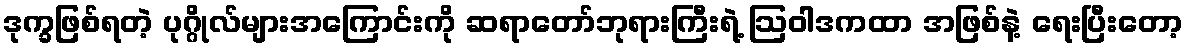
ဒုက္ခဖြစ်ရတဲ့ ပုဂ္ဂိုလ်များအကြောင်းကို ဆရာတော်ဘုရားကြီးရဲ့ ဩဝါဒကထာ အဖြစ်နဲ့ ရေးပြီးတော့